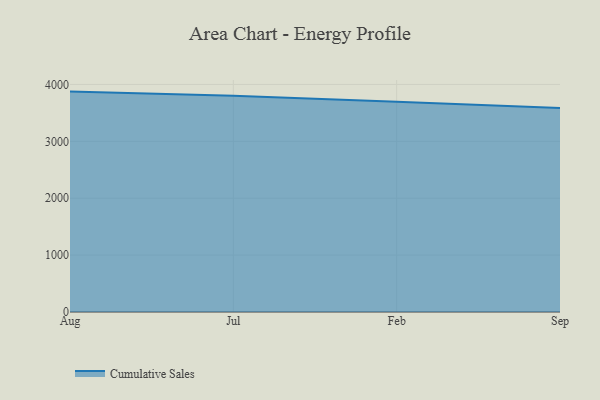
{"axis": {"x": "Month", "y": "Market Share (%)"}, "legend": ["Cumulative Sales"], "data": [{"x": "Aug", "y": 3874.2, "type": "Cumulative Sales"}, {"x": "Jul", "y": 3803.1, "type": "Cumulative Sales"}, {"x": "Feb", "y": 3694.6, "type": "Cumulative Sales"}, {"x": "Sep", "y": 3584.3, "type": "Cumulative Sales"}]}